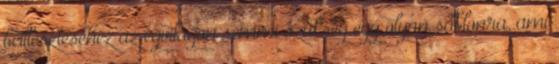
beillesztéséhez az égvilágon semmi szükség egy olyan sablonra, ami